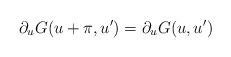
LaTeX: \begin{align*}\partial_u G(u+\pi,u') = \partial_u G(u,u')\end{align*}